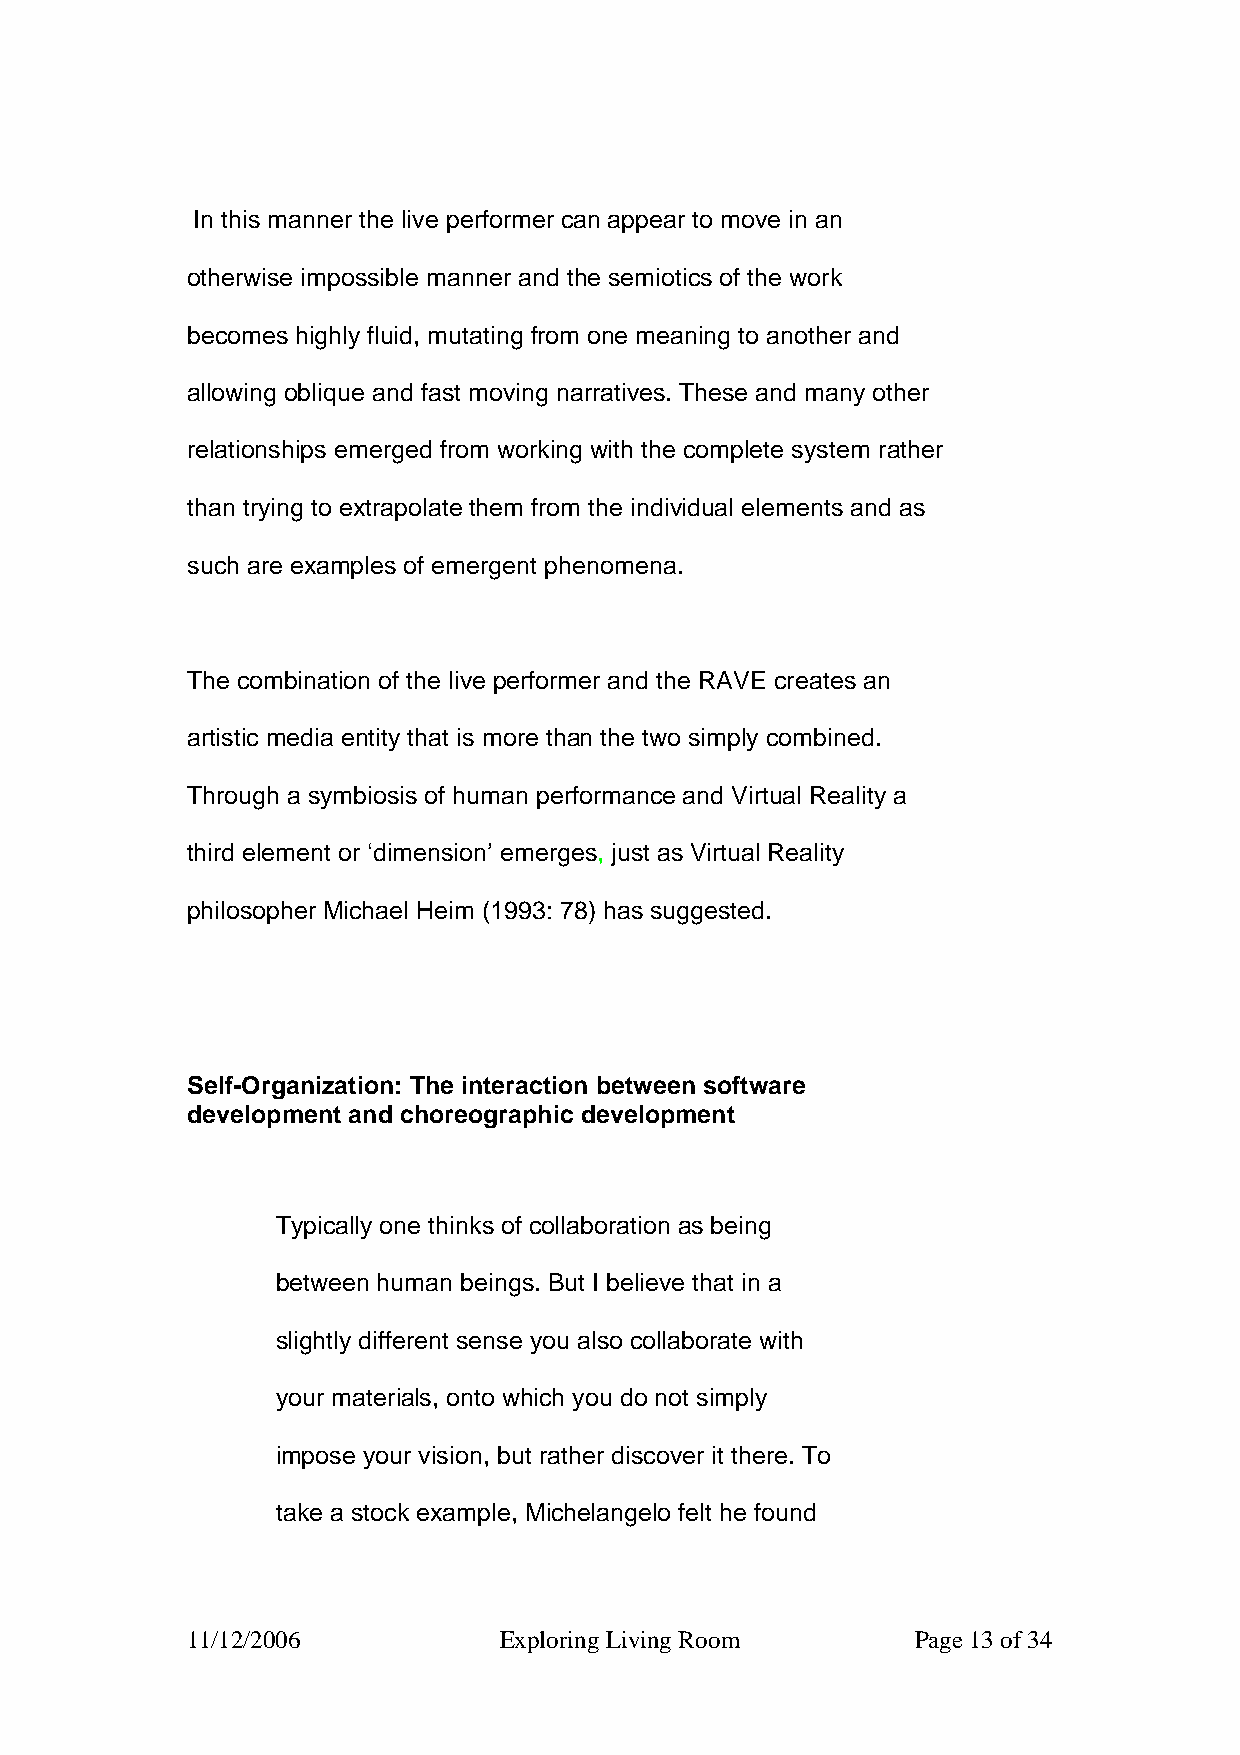
In this manner the live performer can appear to move in an
 otherwise impossible manner and the semiotics of the work
 becomes highly fluid, mutating from one meaning to another and
 allowing oblique and fast moving narratives. These and many other
 relationships emerged from working with the complete system rather
 than trying to extrapolate them from the individual elements and as
 such are examples of emergent phenomena.
 The combination of the live performer and the RAVE creates an
 artistic media entity that is more than the two simply combined.
 Through a symbiosis of human performance and Virtual Reality a
 third element or ‘dimension’ emerges, just as Virtual Reality
 philosopher Michael Heim (1993: 78) has suggested.
 Self-Organization: The interaction between software
 development and choreographic development
 Typically one thinks of collaboration as being
 between human beings. But I believe that in a
 slightly different sense you also collaborate with
 your materials, onto which you do not simply
 impose your vision, but rather discover it there. To
 take a stock example, Michelangelo felt he found
 11/12/2006           Exploring Living Room       Page 13 of 34